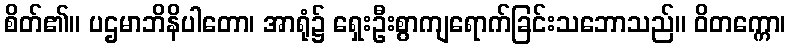
စိတ်၏။ ပဌမာဘိနိပါတော၊ အာရုံ၌ ရှေးဦးစွာကျရောက်ခြင်းသဘောသည်။ ဝိတက္ကော၊